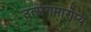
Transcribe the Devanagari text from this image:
उत्संगमारोप्य